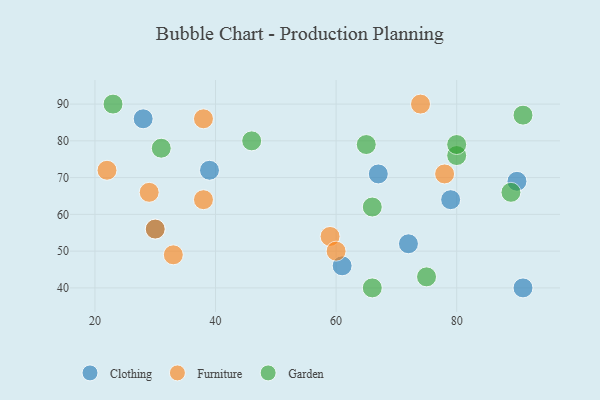
{"axis": {"x": "GDP", "y": "Life Expectancy"}, "legend": ["Clothing", "Furniture", "Garden"], "data": [{"x": "90", "y": 69, "type": "Clothing"}, {"x": "39", "y": 72, "type": "Clothing"}, {"x": "67", "y": 71, "type": "Clothing"}, {"x": "72", "y": 52, "type": "Clothing"}, {"x": "79", "y": 64, "type": "Clothing"}, {"x": "61", "y": 46, "type": "Clothing"}, {"x": "91", "y": 40, "type": "Clothing"}, {"x": "28", "y": 86, "type": "Clothing"}, {"x": "30", "y": 56, "type": "Clothing"}, {"x": "59", "y": 54, "type": "Furniture"}, {"x": "38", "y": 86, "type": "Furniture"}, {"x": "60", "y": 50, "type": "Furniture"}, {"x": "38", "y": 64, "type": "Furniture"}, {"x": "33", "y": 49, "type": "Furniture"}, {"x": "78", "y": 71, "type": "Furniture"}, {"x": "30", "y": 56, "type": "Furniture"}, {"x": "74", "y": 90, "type": "Furniture"}, {"x": "22", "y": 72, "type": "Furniture"}, {"x": "29", "y": 66, "type": "Furniture"}, {"x": "23", "y": 90, "type": "Garden"}, {"x": "31", "y": 78, "type": "Garden"}, {"x": "89", "y": 66, "type": "Garden"}, {"x": "65", "y": 79, "type": "Garden"}, {"x": "66", "y": 40, "type": "Garden"}, {"x": "91", "y": 87, "type": "Garden"}, {"x": "80", "y": 76, "type": "Garden"}, {"x": "66", "y": 62, "type": "Garden"}, {"x": "75", "y": 43, "type": "Garden"}, {"x": "46", "y": 80, "type": "Garden"}, {"x": "80", "y": 79, "type": "Garden"}]}